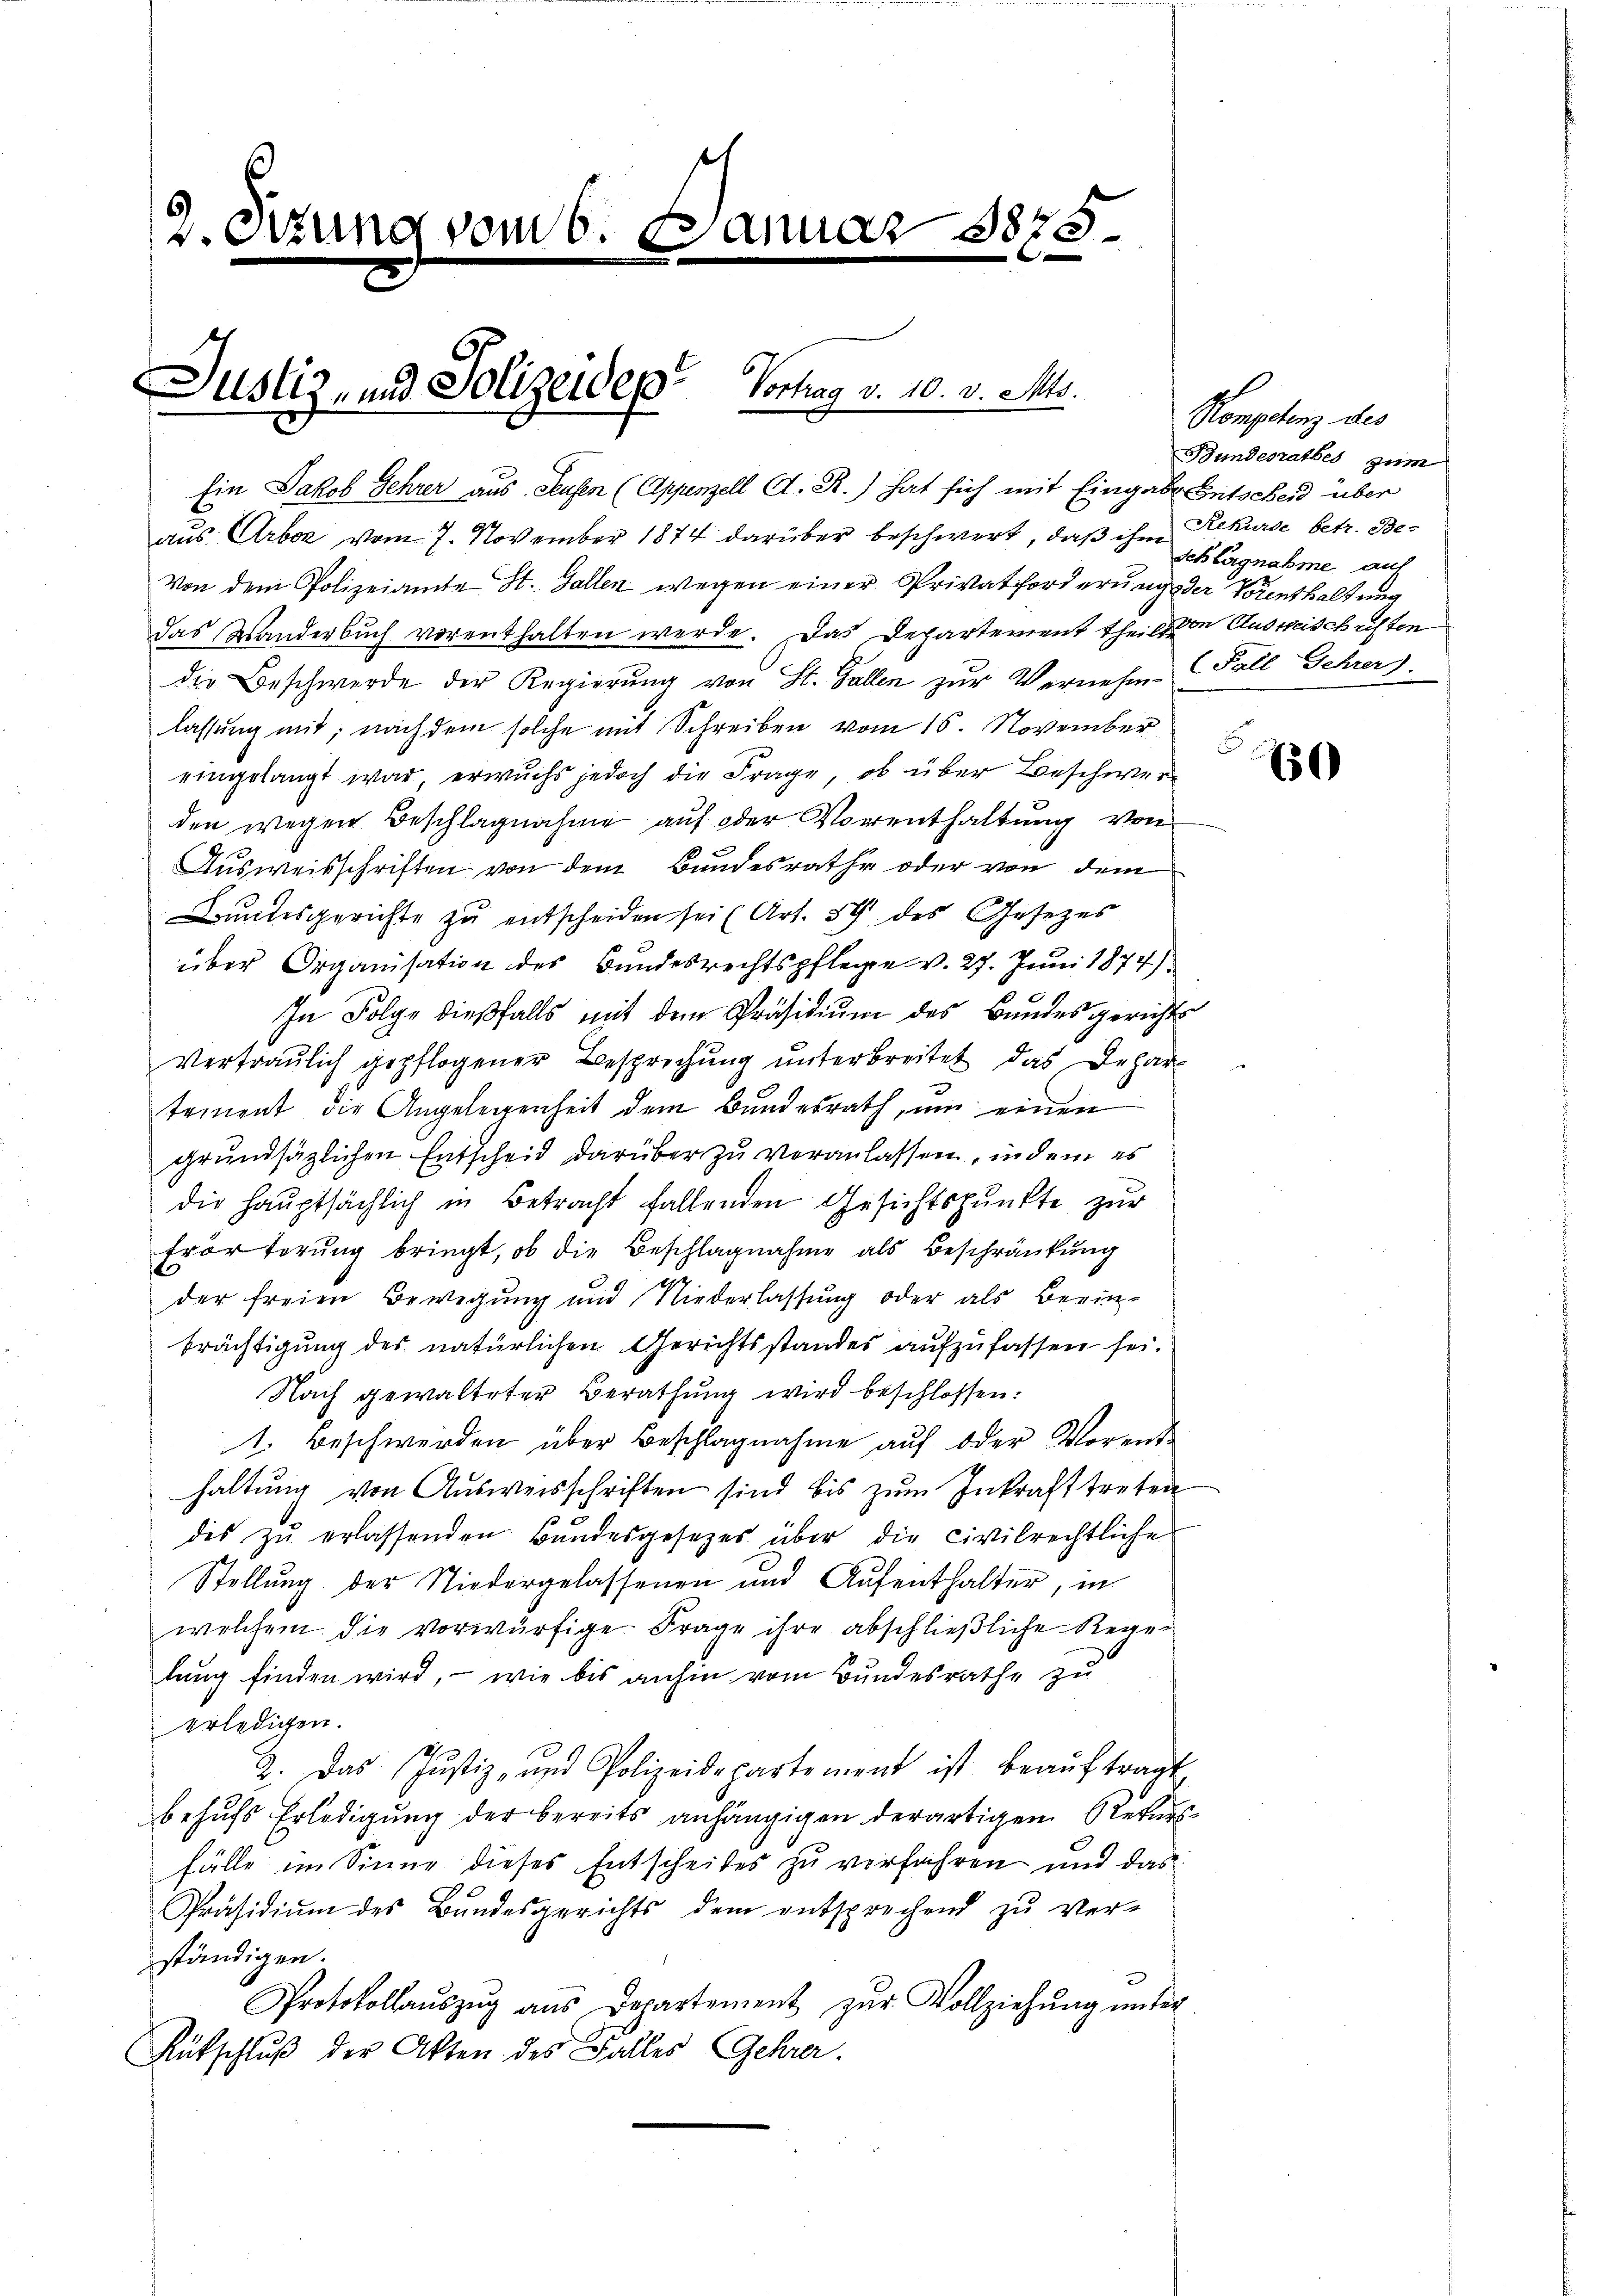
2. Sitzung vom 6. Januar 1875.

aus Urbar vom 7. November 1874 darüber beschwert, daß ihm

Justiz- und Polizeiden Vortrag v. 10. v. Mts.

Ein Jakob Lehrer aus Hausen (Appenzell A. R.) hat sich mit Eingabe Entscheid über
Von dem Polizeiamte St. Gallen wegen einer Privatforderung der Vornthaltung
das Wanderbuch vorenthalten werde. Das Departement theils von Ausweisschriften
die Beschwerde der Regierŭng von St. Gallen zur Vernehm- Fall Gehrers.
lassung mit; nach dem solche mit Schreiben vom 16. November
eingelangt war, erwuchs jedoch die Frage, ob über Beschwerden wegen Beschlagnahme auf oder Vorenthaltung von
Ausweisschriften von dem Bundesrathe oder von dem
Bundesgerichte zŭ entscheiden sei (Art. 59 des Gesezes
über Organisation des Bundesrechtspflege v. 27. Juni 1874)
In Folge dießfalls mit dem Präsidium des Bundesgerichts
Vertraŭlich gepflogener Besprechŭng ŭnterbreitet, das Depar
tement die Angelegenheit dem Bundesrath, um einen
grundsätzlichen Entscheid darüber zu veranlassen, indem es
die hauptsächlich in Betracht fallenden Gesichtspunkte zur
Erörterung bringt, ob die Beschlagnahme als Beschränkung
der freien Bewegung und Niederlassung oder als Beri
brächtigung des natürlichen Gerichtsstandes aufzufassen sei.
Nach gewalteter Berathung wird beschlossen:
1. Beschwerden über Beschlagnahme auf oder Vorent-
haltung von Ausweisschriften sind bis zum Inkrafttreten
des zŭ erlassenden Bundesgesetzes über die civilrechtliche
Stellung der Niedergelassenen und Aufenthalter, in
welchem die vorwürfige Frage ihre abschließliche Rege-
tung finden wird, – wie bis anhin vom Bundesrathe zu
erledigen.
2. Das Justiz- und Polizeidepartement ist beaŭftragt,
behufs Erledigung der bereits anhängigen derartigem Rekursfälle im Sinne dieses Entscheites zu verfahren und das
Präsidiŭm des Bŭndesgerichts dem entsprechend zŭ ver-
ständigen.
Protokollaŭszŭg ans Departement zŭr Vollziehŭng ŭnter
Rütschluß der Akten des Falles Gehrer.

Kompetenz des
Bundesrathes zum
Rekurse betr. Ste-
Schlagnahme auf

5.

60